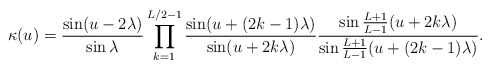
\begin{align*}\kappa (u)=\frac{\sin(u-2\lambda)}{\sin\lambda}\prod_{k=1}^{L/2-1}\frac{\sin(u+(2k-1)\lambda)}{\sin(u+2k\lambda)}\frac{\sin\frac{L+1}{L-1}(u+2k\lambda)}{\sin\frac{L+1}{L-1}(u+(2k-1)\lambda)}. \end{align*}